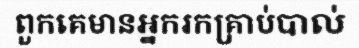
ពួកគេមានអ្នករកគ្រាប់បាល់